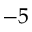
- 5